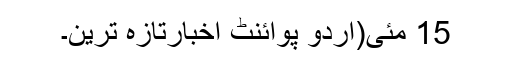
15 مئی(اُردو پوائنٹ اخبارتازہ ترین۔